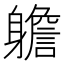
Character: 𨊍